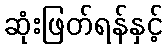
ဆုံးဖြတ်ရန်နှင့်